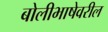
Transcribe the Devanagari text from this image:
बोलीभाषेवरील